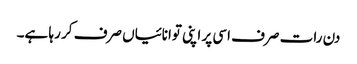
دن رات صرف اسی پر اپنی توانائیاں صرف کر رہا ہے۔